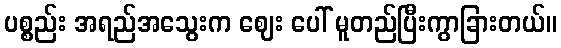
ပစ္စည်း အရည်အသွေးက ဈေး ပေါ် မူတည်ပြီးကွာခြားတယ်။